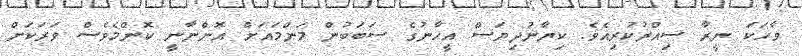
ވާހަކަ ނީރާ ސިއްރުކުރިއެވެ. ކިޔާނުދިޔަސް އީހާނުގެ ސަބަބުން މަންމައަށް އޮންނާނީ ކޮންމެވެސް ވަރަކަށް